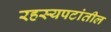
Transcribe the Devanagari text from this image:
रहस्यपटांतील